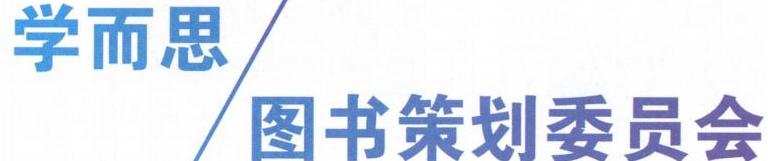
学而思
图书策划委员会